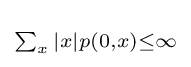
\scriptstyle \sum _{x}|x|p(0,x)\leq \infty